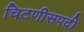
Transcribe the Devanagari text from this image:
चिटणीसपदी